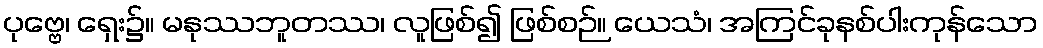
ပုဗ္ဗေ၊ ရှေး၌။ မနုဿဘူတဿ၊ လူဖြစ်၍ ဖြစ်စဉ်။ ယေသံ၊ အကြင်ခုနစ်ပါးကုန်သော